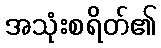
အသုံးစရိတ်၏